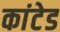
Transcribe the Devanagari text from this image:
कांटेड